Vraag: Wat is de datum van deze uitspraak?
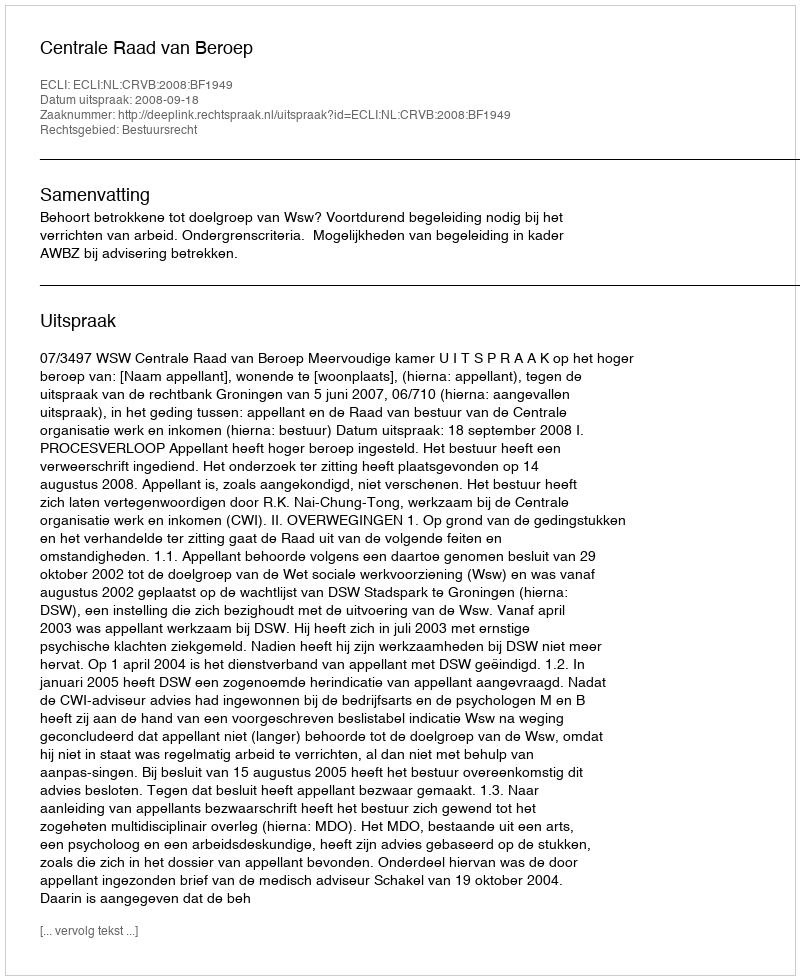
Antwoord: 2008-09-18